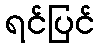
ရင်ပြင်